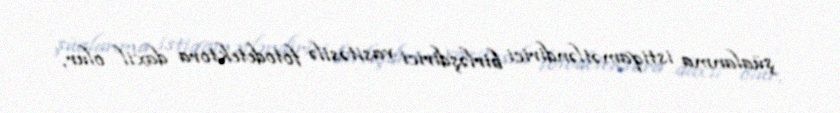
şüalanma istiqamətləndirici birləşdirici vasitəsilə fotodetektora daxil olur,